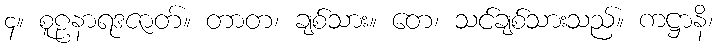
၄။ စူဠနာရဒဇာတ်။ တာတ၊ ချစ်သား။ တေ၊ သင်ချစ်သားသည်။ ကဋ္ဌာနိ၊